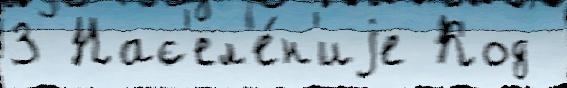
3 Нас'ел'е́н'иjе Код